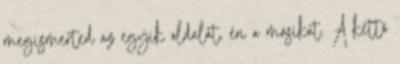
megismerted az egyik oldalát, én a másikat. A kettő